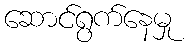
ဆောင်ရွက်နေမှု